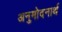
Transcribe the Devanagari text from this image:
अनुमोदनार्थ